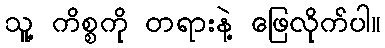
သူ့ ကိစ္စကို တရားနဲ့ ဖြေလိုက်ပါ။